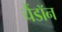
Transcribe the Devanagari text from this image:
चैंडॉन